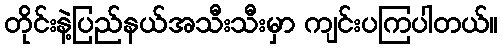
တိုင်းနဲ့ပြည်နယ်အသီးသီးမှာ ကျင်းပကြပါတယ်။